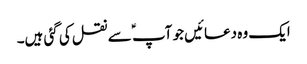
ایک وہ دعائیں جو آپ ؑ سے نقل کی گئی ہیں۔